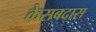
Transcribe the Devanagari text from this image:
केसबदास